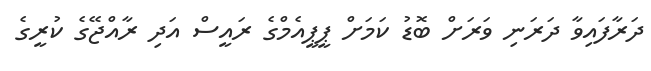
ދަރާފައިވާ ދަރަނި ވަރަށް ބޮޑު ކަމަށް ޕީޕީއެމްގެ ރައީސް އަދި ރާއްޖޭގެ ކުރީގެ